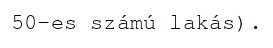
50-es számú lakás).